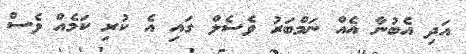
އަދި އެބުނާ އެއް ނަމްބަރު ވެސެލް ގައި އެ ކުރި ކަމެއް ވެސް